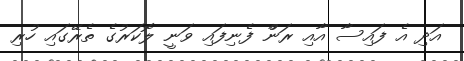
އަދި އެ ފައިސާ އާއި ރަންް ފެނިފައި ވަނީ ލޮކަރުގެ ތެރޭގައި ހުރި